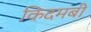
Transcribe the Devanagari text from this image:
किदमबी